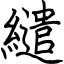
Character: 繾